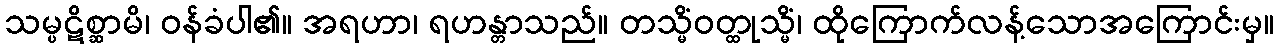
သမ္ပဋိစ္ဆာမိ၊ ဝန်ခံပါ၏။ အရဟာ၊ ရဟန္တာသည်။ တသ္မိံဝတ္ထုသ္မိံ၊ ထိုကြောက်လန့်သောအကြောင်းမှ။